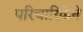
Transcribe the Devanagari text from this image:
परिचारिकेने